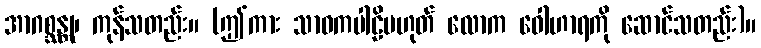
အာဂစ္ဆန္တု၊ ကုန်သတည်း။ (ဤကား သာဓကပါဠိမဟုတ် လောက ဝေါဟာရကို ဆောင်သတည်း)။